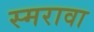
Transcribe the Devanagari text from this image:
स्मरावा